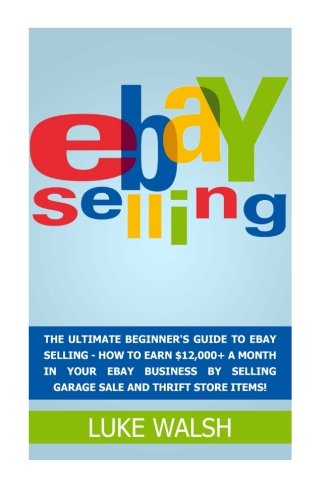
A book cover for eBay Selling: The Ultimate Beginner's Guide To eBay Selling - - How To Earn $12,000+ A Month In Your eBay Business By Selling Garage Sale And Thrift ... Online Business, How to Make Money With eBay); Luke Walsh; Computers & Technology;